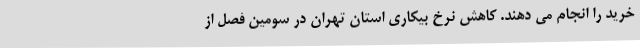
خرید را انجام می دهند. کاهش نرخ بیکاری استان تهران در سومین فصل از